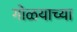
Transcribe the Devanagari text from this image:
गोळयाच्या